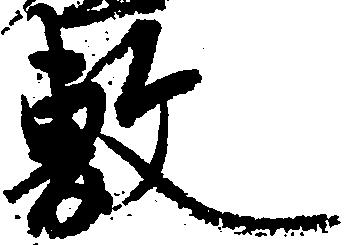
敷